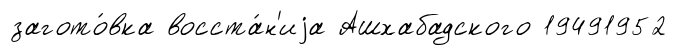
загото́вка восста́н'иjа Ашхабадского 19491952